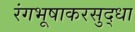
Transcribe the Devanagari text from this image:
रंगभूषाकरसुद्धा